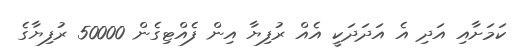
ކަމަށާއި އަދި އެ އަދަދަކީ އެއް ރުފިޔާ އިން ފެއްޓިގެން 50000 ރުފިޔާގެ